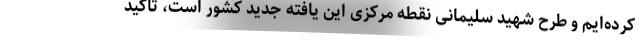
کرده‌ایم و طرح شهید سلیمانی نقطه مرکزی این یافته جدید کشور است، تاکید